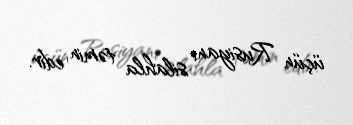
üçün Rusiyanı silahla təmin edir.